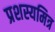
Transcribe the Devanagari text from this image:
प्रशस्यमित्र